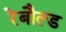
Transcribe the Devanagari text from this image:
रेबौल्ड